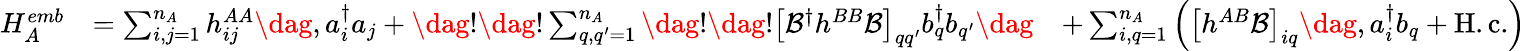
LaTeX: \begin{array}{rlr}{H_{A}^{emb}}&{=\sum_{i,j=1}^{n_{A}}h_{ij}^{AA}\dag,a_{i}^{\dagger}a_{j}+\dag!\dag!\sum_{q,q^{\prime}=1}^{n_{A}}\dag!\dag!\left[\mathcal{B}^{\dagger}h^{BB}\mathcal{B}\right]_{qq^{\prime}}b_{q}^{\dagger}b_{q^{\prime}}\dag}&{+\sum_{i,q=1}^{n_{A}}\left(\left[h^{AB}\mathcal{B}\right]_{iq}\dag,a_{i}^{\dagger}b_{q}+\mathrm{H.c.}\right)}\end{array}